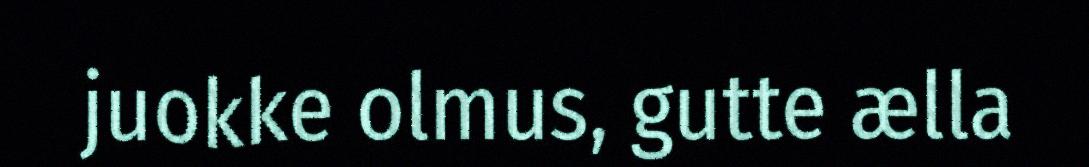
juokke olmus, gutte ælla